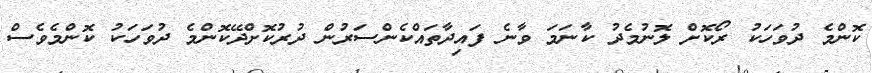
ކޮންމެ ދުވަހަކު ރޯކޮށް ލޮނުމެދު ކާނަމަ ވާނެ ފައިދާތައްކެންސަރުން ދުރުކޮށްދޭކޮންމެ ދުވަހަކު ކޮންމެވެސް